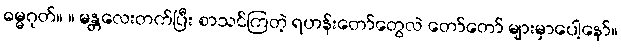
ဓမ္မဂုတ်။ ။ မန္တလေးတက်ပြီး စာသင်ကြတဲ့ ရဟန်းတော်တွေလဲ တော်တော် များမှာပေါ့နော်။